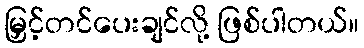
မြှင့်တင်ပေးချင်လို့ ဖြစ်ပါတယ်။